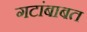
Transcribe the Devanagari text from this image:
गटांबाबत